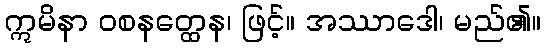
ဣမိနာ ဝစနတ္ထေန၊ ဖြင့်။ အဿာဒေါ၊ မည်၏။